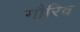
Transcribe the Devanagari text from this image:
गौरिव